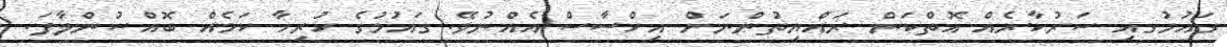
ގައުމުގއި ސަރުކާރެއް އޮތްކަން ރައްޔިތުންނަށް އިހްސާސް އެއްނުވޭ. ގައުމުގެ ހުރިހާ ކަމެއް ބޮއްސުންލާފަ.